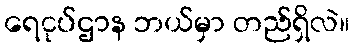
ရေငုပ်ဌာန ဘယ်မှာ တည်ရှိလဲ။